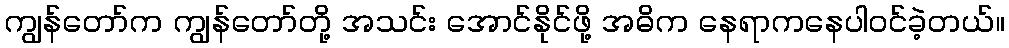
ကျွန်တော်က ကျွန်တော်တို့ အသင်း အောင်နိုင်ဖို့ အဓိက နေရာကနေပါဝင်ခဲ့တယ်။